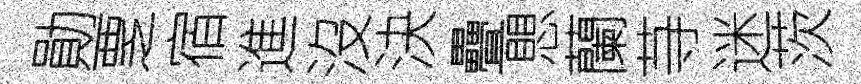
勛覂宿進沒決疊愳蘭䒭迷茨